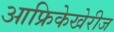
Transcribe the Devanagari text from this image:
आफ्रिकेखेरीज